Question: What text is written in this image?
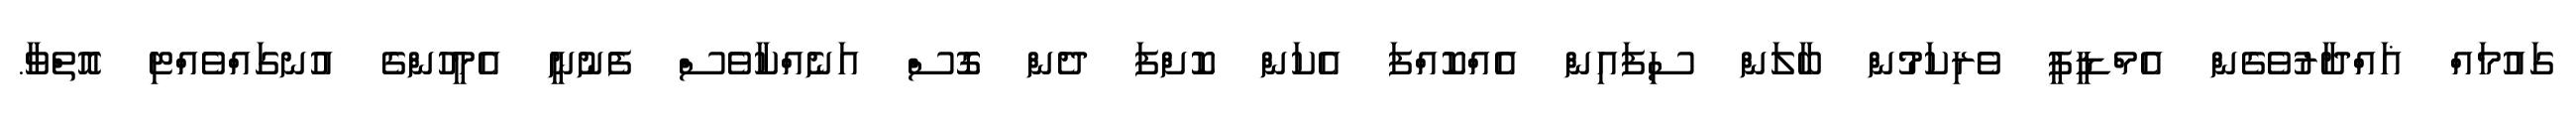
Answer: ގައުމައް ޣައްދާރުވެގެން އެމްޑީޕީ ވެރިކަމުން ބާލަން ސިފައިން އެއްކޮއްފަ އެކަން ކޮށްފަ ދެން ގޮސް އަނެއްކާވެސް ފެނުނީ އެމީހުންގެ އުނގައްވެއްޓި އޮތްވާ.